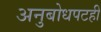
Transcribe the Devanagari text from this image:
अनुबोधपटही